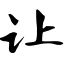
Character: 让